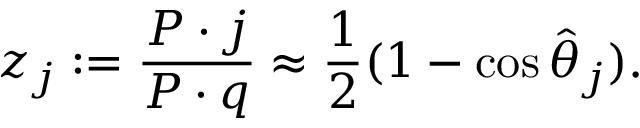
z _ { j } : = \frac { P \cdot j } { P \cdot q } \approx \frac { 1 } { 2 } ( 1 - \cos \hat { \theta } _ { j } ) .